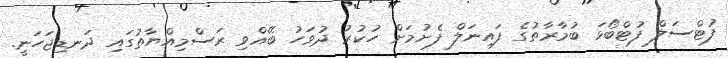
ފުޓްސަލް ފުޓްބޯޅަ ބުމާރާތުގެ ފައިނަލް ފެށުމަށް ހުކުރު ދުވަހު ބޭއްވި ރަސްމިއްޔާތުގައި ދަނޑިޖަހަނީ.